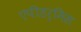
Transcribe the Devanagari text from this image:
एपीडर्मिस